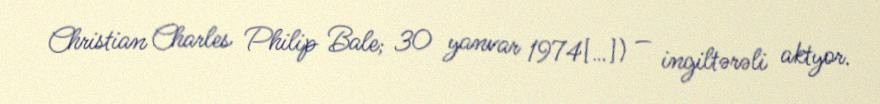
Christian Charles Philip Bale; 30 yanvar 1974[…]) — ingiltərəli aktyor.